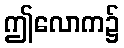
ဤလောက၌